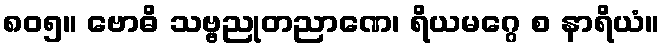
၈၀၅။ ဗောဓိ သဗ္ဗညုတညာဏေ၊ ရိယမဂ္ဂေ စ နာရိယံ။